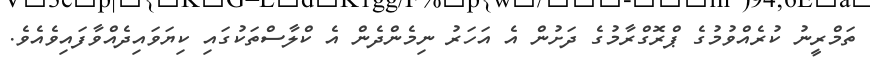
ތަމްރީނު ކުރެއްވުމުގެ ޕްރޮގްރާމުގެ ދަށުން އެ އަހަރު ނިމެންދެން އެ ކްލާސްތަކުގައި ކިޔަވައިދެއްވާފައިވެއެވެ.